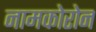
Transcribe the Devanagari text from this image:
नामकोरोन